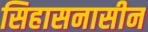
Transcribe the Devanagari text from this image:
सिहासनासीन